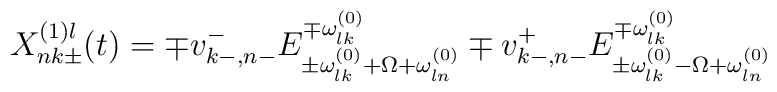
X_{nk\pm }^{(1)l}(t) =\mp v_{k-,n-}^{-}E_{\pm \omega _{lk}^{(0)}+\Omega+\omega _{ln}^{(0)}}^{\mp \omega _{lk}^{(0)}}\mp v_{k-,n-}^{+}E_{\pm \omega_{lk}^{(0)}-\Omega +\omega _{ln}^{(0)}}^{\mp \omega _{lk}^{(0)}}